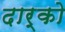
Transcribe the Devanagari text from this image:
दार्को